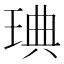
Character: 琠